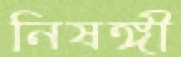
নিষঙ্গী